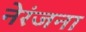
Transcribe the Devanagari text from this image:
नेरंजना